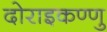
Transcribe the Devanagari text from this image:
दोराइकण्णु